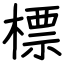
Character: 標